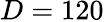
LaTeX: D=120